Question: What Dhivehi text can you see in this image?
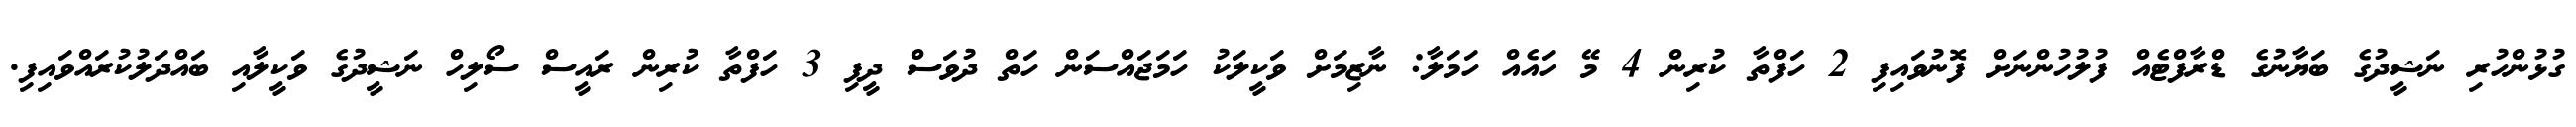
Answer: ގުޅުންހުރި ނަޝީދުގެ ބަޔާނުގެ ޑްރާފްޓެއް ފުލުހުންނަށް ފޮނުވައިފި 2 ހަފްތާ ކުރިން 4 މޭ ހައެއް ހަމަލާ: ނާޒިމަށް ވަކީލަކު ހަމަޖައްސަން ހަތް ދުވަސް ދީފި 3 ހަފްތާ ކުރިން ރައީސް ސޯލިހް ނަޝީދުގެ ވަކީލާއި ބައްދަލުކުރައްވައިފި.